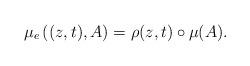
LaTeX: \begin{align*}\mu_e\left((z,t),A\right)=\rho(z,t)\circ\mu(A).\end{align*}